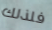
فلذلك